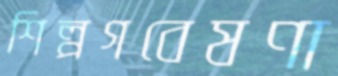
শিল্পগবেষণা